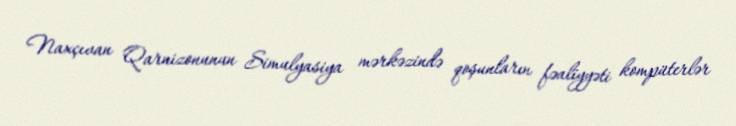
Naxçıvan Qarnizonunun Simulyasiya mərkəzində qoşunların fəaliyyəti kompüterlər